system: You are a helpful assistant.
user:
Analyze the provided spectrum to determine if it is a **White Dwarf (WD)**.

A White Dwarf spectrum is defined by its **extreme purity** (due to gravitational settling) and/or **extreme pressure broadening** (due to high surface gravity). You must check for one of the following mutually exclusive signatures:

- **Key Visual Indicators (Check for ONE of these types):**

    - **1. DA-Type Signature (Most Common):**
        - **(Primary Feature):** Extreme pressure broadening (Stark broadening) of the **Hydrogen (H) Balmer lines**.
        - **(Key Lines):** $H\beta$ (approx. $4861$ Å) and $H\gamma$ (approx. $4340$ Å). $H\alpha$ (approx. $6563$ Å) will also be present if the wavelength range covers it.
        - **(Line Profile):** This is the **defining feature**. The lines are **NOT** sharp. They appear as massive, **extremely broad and deep "troughs" or "dips"** in the spectrum, often hundreds of Ångströms wide. The continuum will appear to "scoop" down at these wavelengths.
        - **(Distinction):** Normal A-type or B-type stars have *narrow* and *sharp* Hydrogen lines. A DA White Dwarf's lines are unmistakably "smeared" or "blurry" from pressure.

    - **2. DB-Type Signature:**
        - **(Primary Feature):** Broad absorption lines from **Neutral Helium (He I)**. The spectrum must lack any visible Hydrogen lines.
        - **(Key Lines):** Look for broad absorption near $4471$ Å, $4921$ Å, and $5876$ Å.
        - **(Line Profile):** These lines are also significantly pressure-broadened, appearing much wider than they would in a normal B-type main-sequence star.

    - **3. DC-Type Signature:**
        - **(Primary Feature):** A **featureless continuous spectrum**.
        - **(Line Profile):** The spectrum is a smooth curve with **no significant absorption or emission lines**.
        - **(Key Confirmation):** The continuum is almost always **blue or white**, indicating a hot object. This signature implies the atmosphere is so pure (or so cool) that no spectral lines are visible in the optical range. Its WD identity is confirmed by its extremely low intrinsic brightness (high absolute magnitude).

    - **4. DZ-Type Signature (Metal-Polluted):**
        - **(Primary Feature):** **Isolated, narrow metal absorption lines** on an otherwise featureless (DC-like) continuum.
        - **(Key Lines):** The **Calcium (Ca II) H & K doublet** (approx. **$3934$ Å** and **$3968$ Å**) is the most common and defining feature.
        - **(Line Profile):** These lines are "out of place." They are *not* part of a "forest" of thousands of lines. This signature is evidence of recent *accretion* (pollution) from rocky debris.
        - **(Distinction):** Normal G/K/M stars have a *dense forest* of thousands of metal lines. A DZ has a *clean* continuum with *only a few* strong metal lines.

    - **5. DQ-Type Signature (Carbon-Polluted):**
        - **(Primary Feature):** Absorption bands from **Carbon (C₂ "Swan Bands" or atomic C I)**.
        - **(Key Lines - C₂):** Look for bandheads with a "saw-tooth" shape near $5635$ Å, **$5165$ Å** (strongest), and $4737$ Å.
        - **(Key Confirmation):** The underlying **continuum must be blue or white** (hot).
        - **(Distinction):** This is the critical difference from a **Carbon Star**, which has the *exact same* C₂ bands but on an extremely **red, cool** continuum.

- **(Overall Spectrum):**
    - The continuum (overall shape) is typically **blue-sloping** (brighter in the blue than the red), as most white dwarfs are very hot.
    - The spectrum will look "pure" or "simple," dominated by only *one* of the five signatures listed above.

Think first, call **spectral_visualization_tool** if needed to examine features in detail, then provide your final answer. Your response must adhere to the following strict rules:
1.  **Overall Structure:** Your response must follow the format `<think>...</think> <tool_call>...</tool_call> (if a tool is used) <answer>...</answer>`.
2.  **Tool Usage Constraint:** You may only make **one** tool call per turn.
3.  **Final Answer Format:** In the `<answer>` tag, your conclusion must be inside a `\boxed{}` command (e.g., `\boxed{YES}` or `\boxed{NO}`), followed by your justification.

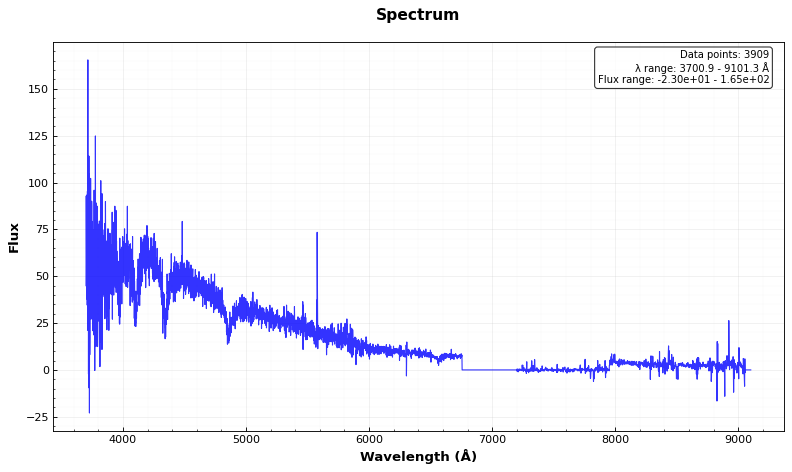
Answer: YES